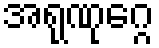
အရုဏုဂ္ဂေ